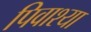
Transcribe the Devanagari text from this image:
पिवाश्या